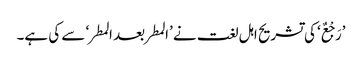
’رَجْعٌ‘ کی تشریح اہل لغت نے ’المطر بعد المطر‘ سے کی ہے۔